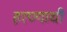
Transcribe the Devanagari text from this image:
हरण्याची